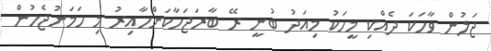
ޖަލުން ވާހަކަ ދެއްކި މީހަކު މިއަދު ބުނީ ރޭ ބާރަޖަހާކަންހާއިރު މި ހަމަނުޖެހުން